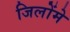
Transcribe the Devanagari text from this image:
जिलोंमे